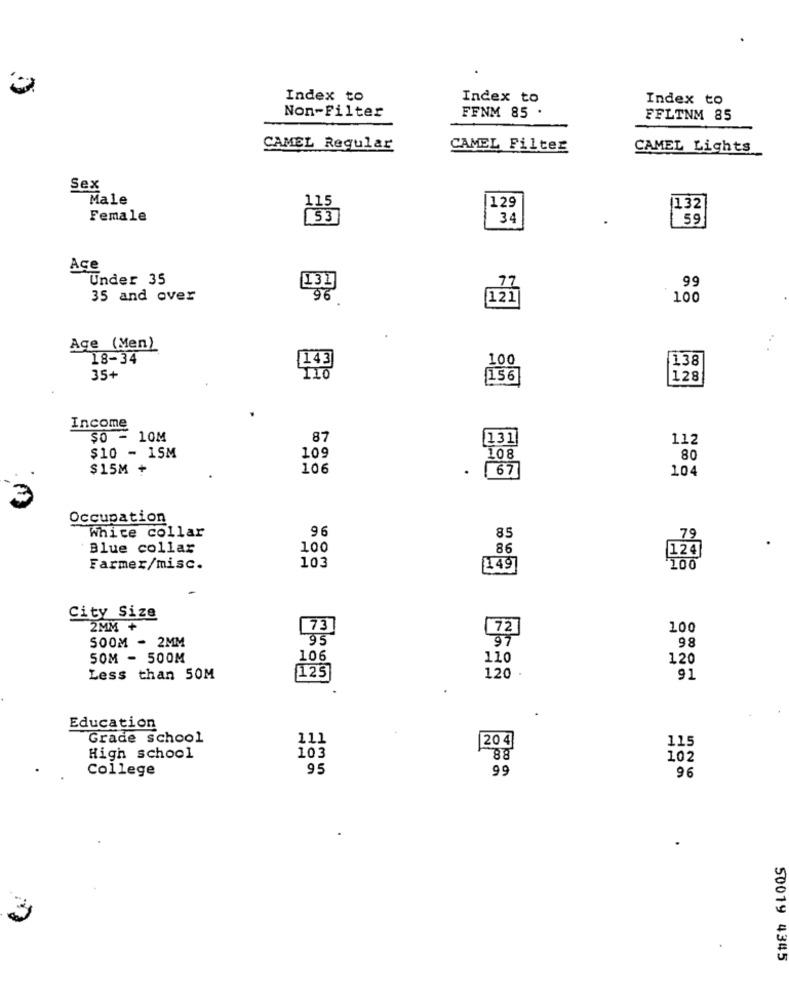
Index to
Index to
Index to
Non-Filter
FFNM 85 .
FFLTNM 85
CAMEL Regular
CAMEL Filter
CAMEL Lights
Sex
Male
129
115
132
Female
34
59
Age
Under 35
131
99
35 and over
9%
121
100
Age (Men)
18-34
100
138
[143]
35+
156
128
Income
$0 - 10M
87
131
112
$10 - 15M
109
108
80
$15M +
106
.
67]
104
Occupation
White collar
96
85
79
Blue collar
100
86
103
124
Farmer/misc.
149
City Size
2MM +
73
72
100
SOOM - 2MM
95
98
SOM - 500M
106
110
120
Less than 50M
125
120
91
Education
Grade school
111
204
115
High school
103
88
102
College
95
99
96
3
50019 4345